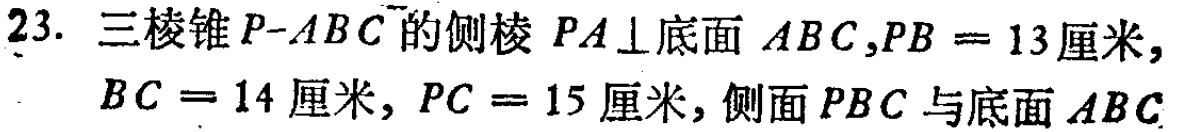
23. 三棱锥\(P - ABC\)的侧棱 \(PA\perp\)底面 \(ABC\)，\(PB = 13\)厘米，\(BC = 14\)厘米，\(PC = 15\)厘米，侧面 \(PBC\)与底面 \(ABC\)